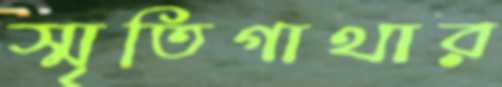
স্মৃতিগাথার